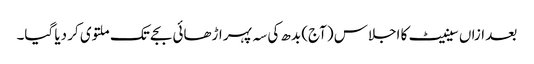
بعد ازاں سینیٹ کا اجلاس (آج) بدھ کی سہ پہر اڑھائی بجے تک ملتوی کر دیا گیا۔